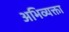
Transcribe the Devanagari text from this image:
अभिव्यक्ता